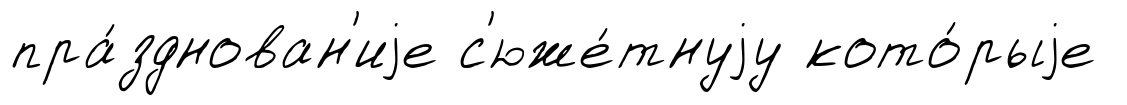
пра́зднован'иjе с'юже́тнуjу кото́рыjе